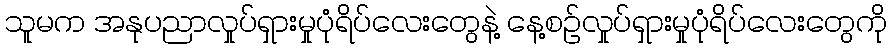
သူမက အနုပညာလှုပ်ရှားမှုပုံရိပ်လေးတွေနဲ့ နေ့စဥ်လှုပ်ရှားမှုပုံရိပ်လေးတွေကို